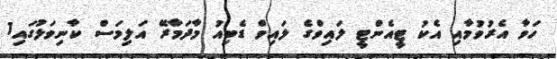
ހަވާ އެރުވުމާއި އެކު ޓީއެންޓީ ލައިވްގެ ލައިވް ޑެބިއު މާދަމާރޭ އަލިމަސް ކާނިވަލުގައި1